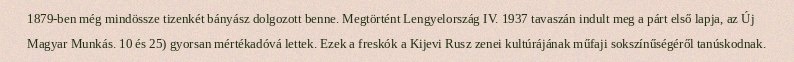
1879-ben még mindössze tizenkét bányász dolgozott benne. Megtörtént Lengyelország IV. 1937 tavaszán indult meg a párt első lapja, az Új Magyar Munkás. 10 és 25) gyorsan mértékadóvá lettek. Ezek a freskók a Kijevi Rusz zenei kultúrájának műfaji sokszínűségéről tanúskodnak.